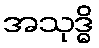
အသုဒ္ဓိ